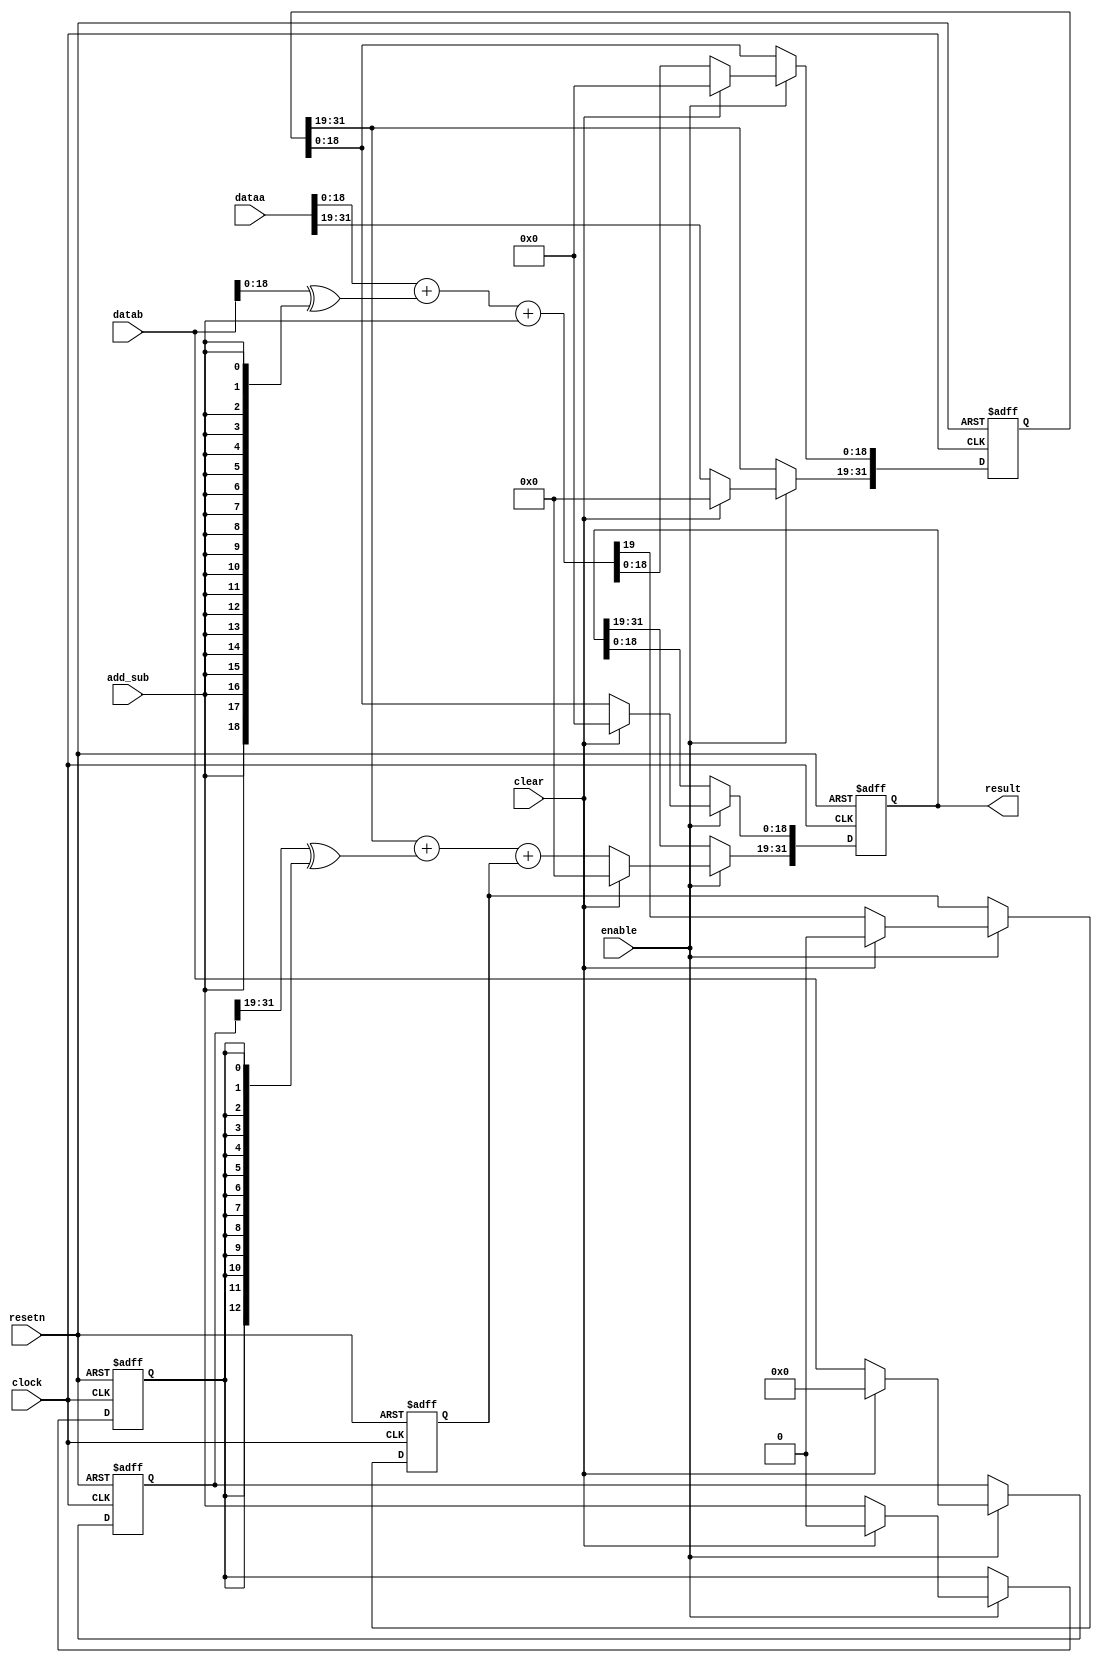
// (C) 1992-2015 Altera Corporation. All rights reserved.                         
// Your use of Altera Corporation's design tools, logic functions and other       
// software and tools, and its AMPP partner logic functions, and any output       
// files any of the foregoing (including device programming or simulation         
// files), and any associated documentation or information are expressly subject  
// to the terms and conditions of the Altera Program License Subscription         
// Agreement, Altera MegaCore Function License Agreement, or other applicable     
// license agreement, including, without limitation, that your use is for the     
// sole purpose of programming logic devices manufactured by Altera and sold by   
// Altera or its authorized distributors.  Please refer to the applicable         
// agreement for further details.                                                 
    


module acl_multistage_adder(clock, resetn, clear, enable, result, dataa, datab, add_sub);
  // This module tessellates the accumulator into SECTION_SIZE-bit chunks.
  parameter WIDTH = 32;
  parameter SECTION_SIZE = 19;
  input clock, resetn, clear, add_sub, enable;
  input [WIDTH-1:0] dataa;
  input [WIDTH-1:0] datab;
  output [WIDTH-1:0] result;
  
  wire [WIDTH-1:0] dataa_inter;
  wire [WIDTH-1:0] datab_inter;
  function integer stage_count;
    input integer width;
    input integer size;
    integer temp,i;
    begin
      temp = width/size;
      if ((width % size) > 0) temp = temp+1;
      stage_count = temp;
    end
  endfunction
  
  function integer mymax;
    input integer a;
    input integer b;
    integer temp;
    begin
      if (a > b) temp = a; else temp = b;
      mymax = temp;
    end
  endfunction 

  function integer mymin;
    input integer a;
    input integer b;
    integer temp;
    begin
      if (a < b) temp = a; else temp = b;
      mymin = temp;
    end
  endfunction   

  localparam TOTAL_STAGES = stage_count(WIDTH, SECTION_SIZE);
  
  assign dataa_inter = dataa;
  assign datab_inter = datab;
  
  // This little trick is for modelsim to resolve its handling of generate statements.
  // It prevents modelsim from thinking there is an out-of-bound access.
  // This also simplifies one of the if statements below.
  reg [TOTAL_STAGES-1 : -1] pipelined_add_sub;  
  reg [TOTAL_STAGES-1 : -1] pipelined_carry;  
  reg [WIDTH-1 : 0] pipelined_datab [TOTAL_STAGES-1 : -1];
  reg [WIDTH-1 : 0] pipelined_result [TOTAL_STAGES-1 : -1];
  
  genvar i;
  generate
    for (i = 0; i < TOTAL_STAGES; i = i + 1)
    begin: add_sub_stage
      always@(posedge clock or negedge resetn)
      begin
        if( ~resetn )
        begin
          pipelined_add_sub[i] <= 1'b0;
          pipelined_datab[i] <= {{WIDTH}{1'b0}};
        end
        else if (enable)
        begin
          if( clear )  
          begin
            pipelined_add_sub[i] <= 1'b0;
            pipelined_datab[i] <= {{WIDTH}{1'b0}};
          end
          else
          begin
            if ( i == 0) begin
            pipelined_add_sub[i] <= add_sub;
            pipelined_datab[i] <= datab_inter;
            end
            else begin
            pipelined_add_sub[i] <= pipelined_add_sub[i-1];
            pipelined_datab[i] <= pipelined_datab[i-1];       
        end
          end
        end
      end
      
      always@(posedge clock or negedge resetn)
      begin
        if( ~resetn )
        begin
          pipelined_result[i] <= {{WIDTH}{1'b0}};
          pipelined_carry[i] <= 1'b0;
        end
        else if (enable)
        begin
          if( clear )  
          begin
            pipelined_result[i] <= {{WIDTH}{1'b0}};
            pipelined_carry[i] <= 1'b0;
          end
          else
          begin
            if (i > 0)
            begin
              pipelined_result[i][mymax(SECTION_SIZE*i - 1,0):0] <= pipelined_result[i-1][mymax(SECTION_SIZE*i - 1,0):0];
            end

            if ( i == 0 ) begin
            {pipelined_carry[i], pipelined_result[i][mymin(SECTION_SIZE*(i+1), WIDTH) - 1 : SECTION_SIZE*i]} <=
               dataa_inter[mymin(SECTION_SIZE*(i+1), WIDTH) - 1 : SECTION_SIZE*i] + 
               (datab_inter[mymin(SECTION_SIZE*(i+1), WIDTH) - 1 : SECTION_SIZE*i] ^ {{SECTION_SIZE}{add_sub}})
               + add_sub;
            if (SECTION_SIZE*(i+1) < WIDTH)
            begin
              pipelined_result[i][WIDTH-1: mymin(SECTION_SIZE*(i+1), WIDTH-1)] <= dataa_inter[WIDTH-1: mymin(SECTION_SIZE*(i+1), WIDTH-1)];
            end
            end else begin
            {pipelined_carry[i], pipelined_result[i][mymin(SECTION_SIZE*(i+1), WIDTH) - 1 : SECTION_SIZE*i]} <=
               pipelined_result[i-1][mymin(SECTION_SIZE*(i+1), WIDTH) - 1 : SECTION_SIZE*i] + 
               (pipelined_datab[i-1][mymin(SECTION_SIZE*(i+1), WIDTH) - 1 : SECTION_SIZE*i] ^ {{SECTION_SIZE}{pipelined_add_sub[i-1]}})
               + pipelined_carry[i-1];
            if (SECTION_SIZE*(i+1) < WIDTH)
            begin
              pipelined_result[i][WIDTH-1: mymin(SECTION_SIZE*(i+1), WIDTH-1)] <= pipelined_result[i-1][WIDTH-1: mymin(SECTION_SIZE*(i+1), WIDTH-1)];
            end
        end
          end
        end
      end
    end
  endgenerate  
  
  assign result = pipelined_result[TOTAL_STAGES-1];

endmodule


// vim:set filetype=verilog: